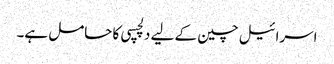
اسرائیل چین کے لیے دلچسپی کا حامل ہے۔